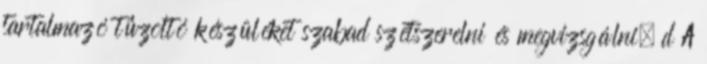
tartalmazó tûzoltó készüléket szabad szétszerelni és megvizsgálni. d A